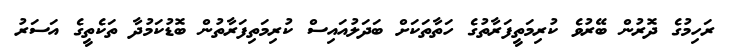
ރަހިމުގެ ދޮރުން ބޭރުވެ ކުރިމަތީފަރާތުގެ ހަތާތަކަށް ބަދަލުއައިސް ކުރިމަތިފަރާތުން ބޮޑުކަމުދާ ތަކެތީގެ އަސަރު